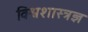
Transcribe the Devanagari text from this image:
विश्वशास्त्रज्ञ